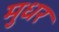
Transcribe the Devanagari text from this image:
मुधर